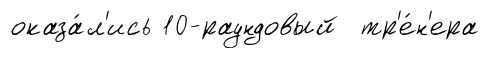
оказа́л'ись 10-раундовый тр'е́н'ера